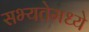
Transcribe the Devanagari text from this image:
सभ्यतेमध्ये